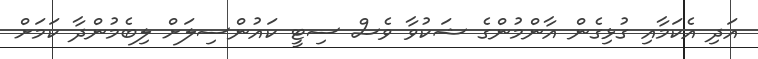
އަދި އެކަމާއި ގުޅިގެން އާންމުންގެ ޝަކުވާ ވެސް ސިޓީ ކައުންސިލަށް ލިބެމުންދާ ކަމަށް